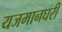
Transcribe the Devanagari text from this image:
यजमानघरी